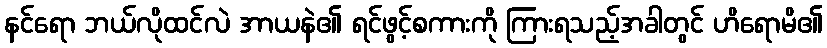
နင်ရော ဘယ်လိုထင်လဲ အာယနဲ၏ ရင်ဖွင့်စကားကို ကြားရသည့်အခါတွင် ဟိရောမိ၏